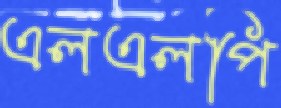
এলএলপি